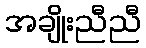
အချိုးညီညီ